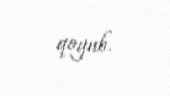
qoyub.